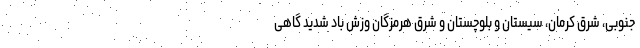
جنوبی، شرق کرمان، سیستان و بلوچستان و شرق هرمزگان وزش باد شدید گاهی